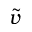
\widetilde { v }